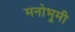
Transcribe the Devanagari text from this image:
मनोभूमी